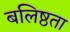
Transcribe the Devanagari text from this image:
बलिष्ठता